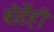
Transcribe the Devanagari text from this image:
बोर्डेही